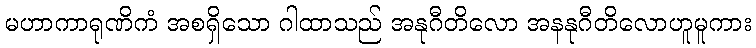
မဟာကာရုဏိကံ အစရှိသော ဂါထာသည် အနုဂီတိလော အနနုဂီတိလောဟူမူကား